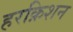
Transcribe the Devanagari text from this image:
हरक्रिशन